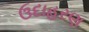
ઉદાહરણ